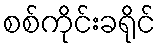
စစ်ကိုင်းခရိုင်